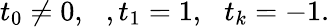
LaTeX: t_{0}\neq 0,\, \, \, \, ,t_{1}=1,\, \, \, \, t_{k}=-1.